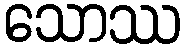
သောဿ